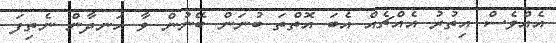
އެއްވެސް އިތުރު އެއްޗެއް އެބަ އޮތްތަ ބުނަން ބޭނުން ވާ ހަނދާން ނެތިފަ